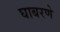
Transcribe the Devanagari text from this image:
घाबरणे